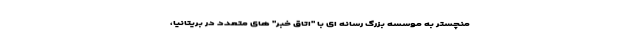
منچستر به موسسه بزرگ رسانه ای با "اتاق خبر" های متعدد در بریتانیا،